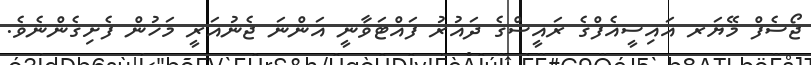
ޖޯސެފް މޭޔަރ އައިސީއެފްގެ ރައީސްގެ ދައުރު ފައްޓަވާނީ އަންނަ ޖެނުއަރީ މަހުން ފެށިގެންނެވެ.